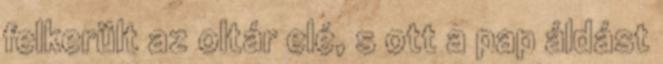
felkerült az oltár elé, s ott a pap áldást